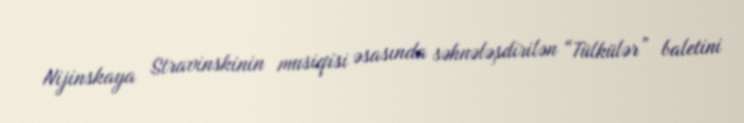
Nijinskaya Stravinskinin musiqisi əsasında səhnələşdirilən “Tülkülər” baletini